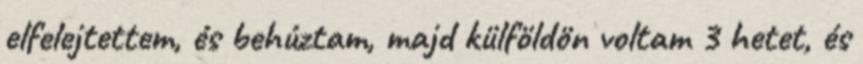
elfelejtettem, és behúztam, majd külföldön voltam 3 hetet, és